Report on horse surra - Volume II, Part II
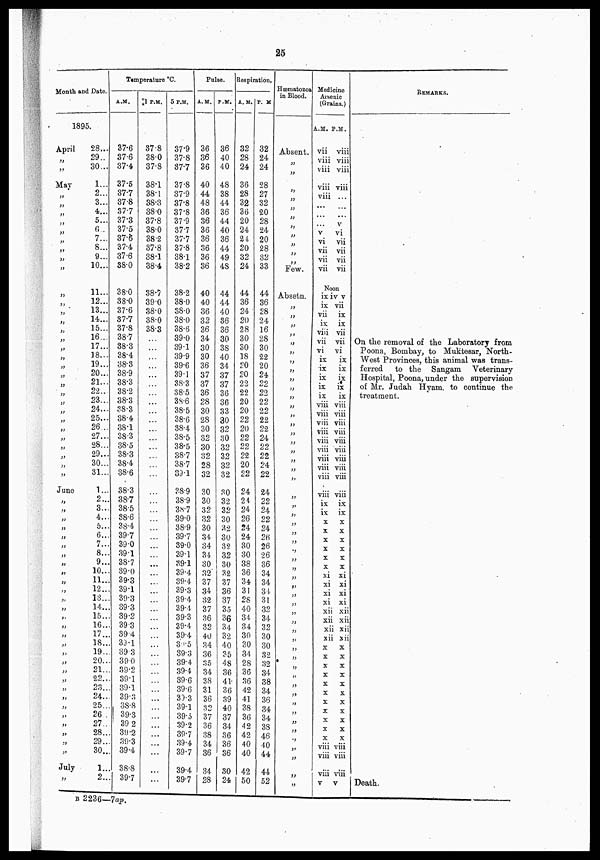
25
Month and Date.
1895.
April
„
„
May
„
„
„
„
„
„
„
„
„
„
„
„
„
„
„
„
„
„
„
„
„
„
„
„..
„
„
„
„
„
June
„
„
„
„
„
„
„
„
„
„
„
„
„
„
„
„
„
„
„
„
„
„
„
„
„
„
„
„
„
July
„
28...
29..
30...
1...
2...
3...
4...
5...
0..
7...
8...
9...
10...
11...
12...
13...
14...
15...
16...
17...
18...
19...
20...
21...
22..
23...
24...
25...
26...
27...
28...
29...
30...
31...
1...
2...
3...
4...
5...
6...
7...
8...
9...
10...
11...
12...
13...
14...
15...
16...
17...
18...
19..
20..
21..
22..
23..
24..
25...
26 .
27..
28..
29...
30...
1...
2...
Temperature °C
A.M.
37.6
37.6
37.4
37.5
37.7
37.8
37.7
37.3
37.5
37.6
37.4
37.6
38.0
38.0
38.0
37.6
37.7
37.8
38.7
38.3
38.4
38.3 38.9
38.3
38.2
38.3
38.3
38.4
38.1
38.3
38.5
38.3
38.4
38.6
38.3
38.7
38.5
38.6
38.4
39.7
39.0
39.1
38.7
39.0
39.3
39.1
39.3
39.3
39.2
39.3
39.4
39.1
39.3
390
39.2
39.1
39.1
39.3
38.8
39.3
39 2
39.2
39.3
39.4
38.8
39.7
1 P.M.
37.8
38.0
37.8
38.1
38.1
38.3
38.0
37.8
38.0
38 .2
37.8
38.1
38.4
38.7
39.0
38.0
38.0
38.3
...
...
... .
...
„
...
..
..
...
...
...
..
..
...
...
...
..
...
...
...
...
...
...
...
...
...
...
...
...
...
..
...
...
..
..
..
..
...
..
..
...
...
...
...
...
5 P.M.
37.9
37.8
37.7
37.8
37.9
37.8
37.8
37.9
37.7
37.7
37.8
38.1
38.2
38.2
38.0
38.0
38.0
38.6
39.0
39.1
39.9
39.6
39.1
38.3
38.5
3S.6
38.5
38.6
38.4
38.5
38.5
38.7
38.7
39.1
38.9
38.9
38.7
39.0
38.9
39.7
39.0
39.1
39.1
39.4
39.4
39.3
39.4
39.4
39.3
39.4
39.4
39.5
39.3
39.4
39.4
39.6
39.6
39.3
39.1
39.5
39.2
39.7
39.4
39.7
39.4
39.7
Pulse.
A.M.
36
36
36
40
44
48
36
36
36
36
36
36
36
40
40
36
32
36
34
30
30
36
37
37
36
28
30
28
30
32
30
32
28
32
30
30
32
32
30
34
34
34
30
32
37
34
32
37
36
32
40
34
36
35
34
38
31
36
32
37
36
38
34
36
34
28
P.M.
36
40
40
48
38
44
36
44
40
36
44
49
48
44
44
40
36
36
30
38
40
34
37
37
36
36
33
30
32
30
32
32
32
32
30
32
32
30
32
30
32
32
80
32
37
36
37
35
36
34
32
40
35
48
36
4 1
36
39
40
37
34
36
36
36
30
24
Respiration.
A.M.
32
28
24
36
28
32
36
20
24
24
20
32
24
44
36
24
20
28
30
30
18
20
20
22
22
20
20
22
20
22
22
22
20
22
24
24
24
26
24
24
30
30
38
36
34
31
28
40
34
34
30
30
34
28
36
36
42
41
38
36
42
42
40
40
42
50
P. M
32
24
24
28
27
32
20
28
24
20
28
32
33
44
36
28
24
16
28
30
22
20
24
22
22
22
22
22
22
24
22
22
24
22
24
22
24
22
24
26
26
26
36
34
34
34
31
32
34
32
30
30
32
32
34
38
34
36
34
34
38
46
40
44
44
52
Hæmatozoa
in Blood.
Absent.
„
„
„
„
„
„
„
„
„
„
„
„
„
Few.
Absetn.
„
„
„
„
„
„
„
„
„
„
„
„
„
„
„
„
„
„
„
„
„
„
„
„
„
„
„
„
„
„
„
„
„
„
„
„
„
„
„
„
„
„
„
„
„
„
„
„
Medicine
Arsenic
(Grains.)
A.M.
vii
viii
viii
viii
viii
...
...
...
v
vi
vii
vii
vii
ix
ix
vii
ix
viii
vii
vi
ix
ix
ix
ix
ix
viii
viii
viii
viii
viii
viii
viii
viii
viii
viii
ix
ix
x
x
x
x
x
x
xi
xi
xi
xi
xii
xi
xi
xi
x
x
x
x
x
x
x
x
x
x
x
viii
viii
v
P.M.
viii
viii
viii
viii
...
...
...
v
vi
vii
vii
vii
vii
Noon
v v
vii
ix
ix
vii
vii
vi
ix
ix
ix
ix
ix
viii
viii
viii
viii
viii
viii
viii
viii
viii
viii
ix
ix
x
x
x
x
x
x
xi
xi
xi
xi
xii
xii
i xii
xii
x
x
x
x
x
x
x
x
x
x
x
viii
viii
v
REMARKS.
On the removal of the Laboratory from.
Poona, Bombay, to Muktesar, North-
West Provinces, this animal was trans-
ferred
to the Sangam Veterinary
Hospital, Poona, under the supervision
of Mr. Judah Hyam. to continue the
treatment.
Death.
B 2236—7ap.